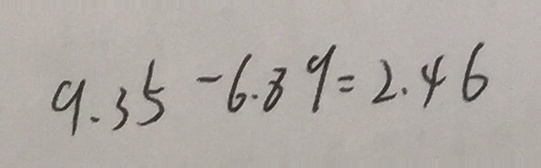
9 . 3 5 - 6 . 8 9 = 2 . 4 6